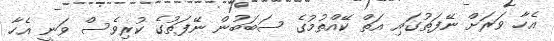
އެހާ ވަރަށް ނޭފަތުގައި އަތް ކޭއްތުމުގެ ސަބަބުން ނޭފަތުގެ ކުރިވެސް ވަނީ އެހާ